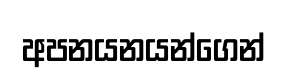
අපනයනයන්ගෙන්